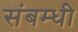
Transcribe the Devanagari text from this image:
संबम्धी